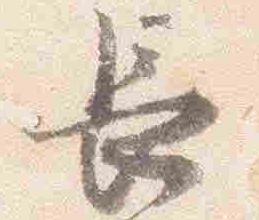
長